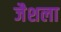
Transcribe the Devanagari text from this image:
जैशला